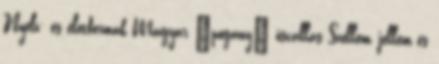
Nyelv- és életformák Magyar "pogány" ősvallás Szellem, jellem és